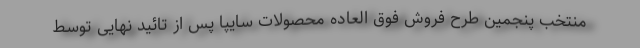
منتخب پنجمین طرح فروش فوق العاده محصولات سایپا پس از تائید نهایی توسط